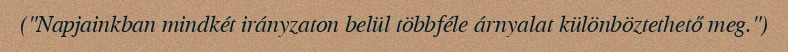
("Napjainkban mindkét irányzaton belül többféle árnyalat különböztethető meg.")